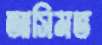
আসিমভ